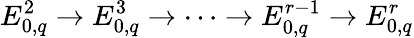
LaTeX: E_{0,q}^{2}\to E_{0,q}^{3}\to\dots\to E_{0,q}^{r-1}\to E_{0,q}^{r}